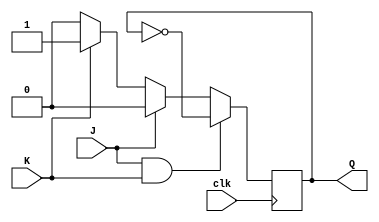
module jk_flipflop (
    input wire clk,
    input wire J,
    input wire K,
    output reg Q
);

always @ (posedge clk) begin
    if (J & K) begin
        Q <= ~Q;
    end else if (J) begin
        Q <= 1'b0;
    end else if (K) begin
        Q <= 1'b1;
    end else begin
        Q <= J;
    end
end

endmodule